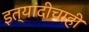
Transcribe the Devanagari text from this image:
इत्यांदीचाही